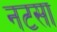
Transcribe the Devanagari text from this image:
नटसा